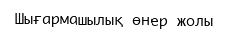
Шығармашылық өнер жолы